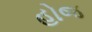
હોજ